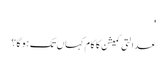
'
عدالتی کمیشن کا کام کہاں تک ہو گا؟